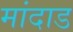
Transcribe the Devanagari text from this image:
मांदाड